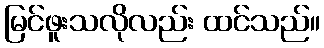
မြင်ဖူးသလိုလည်း ထင်သည်။